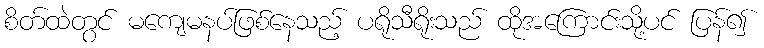
စိတ်ထဲတွင် မကျေမနပ်ဖြစ်နေသည့် ပရိုသီရိုးသည် ထိုအကြောင်းသို့ပင် ပြန်၍